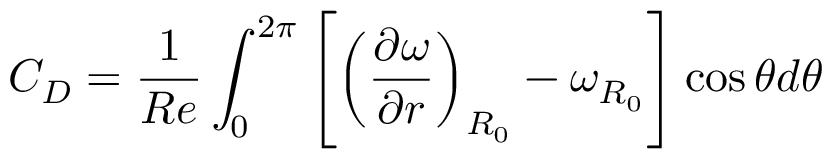
C _ { D } = \frac { 1 } { R e } \int _ { 0 } ^ { 2 \pi } \left[ \left( \frac { \partial \omega } { \partial r } \right) _ { R _ { 0 } } - \omega _ { R _ { 0 } } \right] \cos { \theta } d \theta